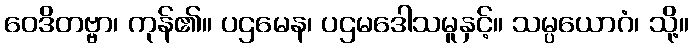
ဝေဒိတဗ္ဗာ၊ ကုန်၏။ ပဌမေန၊ ပဌမဒေါသမူနှင့်။ သမ္ပယောဂံ၊ သို့။